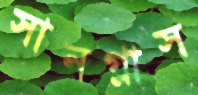
সানগ্লাস